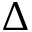
\Delta